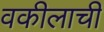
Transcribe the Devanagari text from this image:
वकीलाची